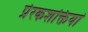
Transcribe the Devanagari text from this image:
प्रेरकशक्तियां